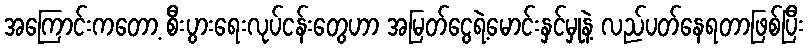
အကြောင်းကတော့ စီးပွားရေးလုပ်ငန်းတွေဟာ အမြတ်ငွေရဲ့မောင်းနှင်မှုနဲ့ လည်ပတ်နေရတာဖြစ်ပြီး